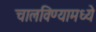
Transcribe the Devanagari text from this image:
चालविण्यामध्ये